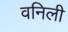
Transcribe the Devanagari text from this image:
वनिली